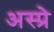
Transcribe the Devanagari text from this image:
अस्प्रे